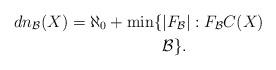
LaTeX: \begin{align*}dn_{\mathcal{B}}(X) = \aleph_0 + \min\{&|F_{\mathcal{B}}| : F_{\mathcal{B}} C(X) \\ & \mathcal{B}\}.\end{align*}